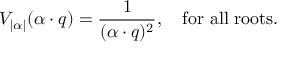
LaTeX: V _ { | \alpha | } ( \alpha \cdot q ) = { \frac { 1 } { ( \alpha \cdot q ) ^ { 2 } } } , \quad \mathrm { f o r ~ a l l ~ r o o t s } .